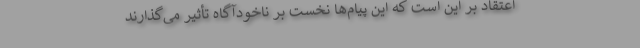
اعتقاد بر این است که این پیام‌ها نخست بر ناخودآگاه تأثیر می‌گذارند